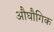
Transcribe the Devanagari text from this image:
औघौगिक